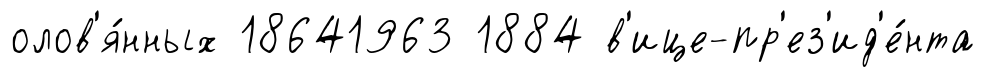
олов'я́нных 18641963 1884 в'ице-пр'ез'ид'е́нта